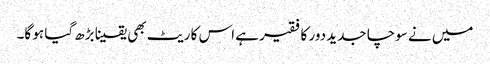
میں نے سوچا جدید دور کا فقیر ہے اس کا ریٹ بھی یقینا بڑھ گیا ہو گا۔